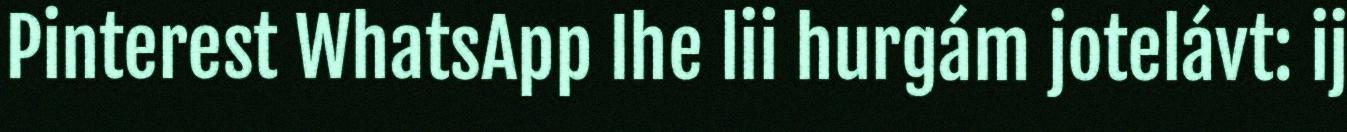
Pinterest WhatsApp Ihe lii hurgám jotelávt: ij